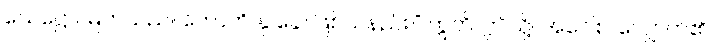
သေဋ္ဌော၊ မြတ်သည်။ ဟောတိ နု ခေါ၊ ဖြစ်သနည်း။” ဣတိ၊ ဤသို့။ အဝေါစ၊ လျှောက်၏။